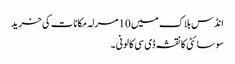
انڈس بلاک میں 10 مرلہ مکانات کی خرید
سوسائٹی کا نقشہ ڈی سی کالونی ۔